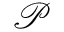
\mathcal { P }